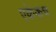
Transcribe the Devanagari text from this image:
एकेकच